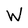
Character: W